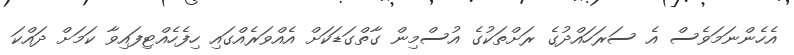
އެހެންނަމަވެސް އެ ސަރަހައްދުގެ ރަށްތަކުގެ އުސްމިން ގާތްގަޑަކަށް އެއްވަރެއްގައި ހިފެހެއްޓިފައިވާ ކަމަށް ދައްކަ